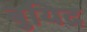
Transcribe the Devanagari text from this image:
बुयिद